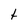
Character: t